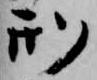
刑